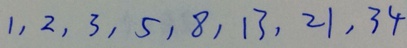
1 , 2 , 3 , 5 , 8 , 1 3 , 2 1 , 3 4